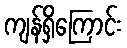
ကျန်ရှိကြောင်း